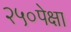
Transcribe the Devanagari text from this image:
२५०पेक्षा